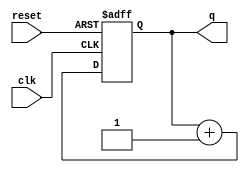
module synupcount(
    q, // counter output
    clk, // global clock
    reset // active low reset
);

output reg[3:0] q; // counter output
input clk; // global clock
input reset; // active low reset
reg [3:0] tmp_cnt; // input to dff (in always block)

always @*
    tmp_cnt = q + 1'b1;

always @(posedge clk or negedge reset)
    if (~reset)
        q<=0;
    else 
        q<=tmp_cnt;
endmodule